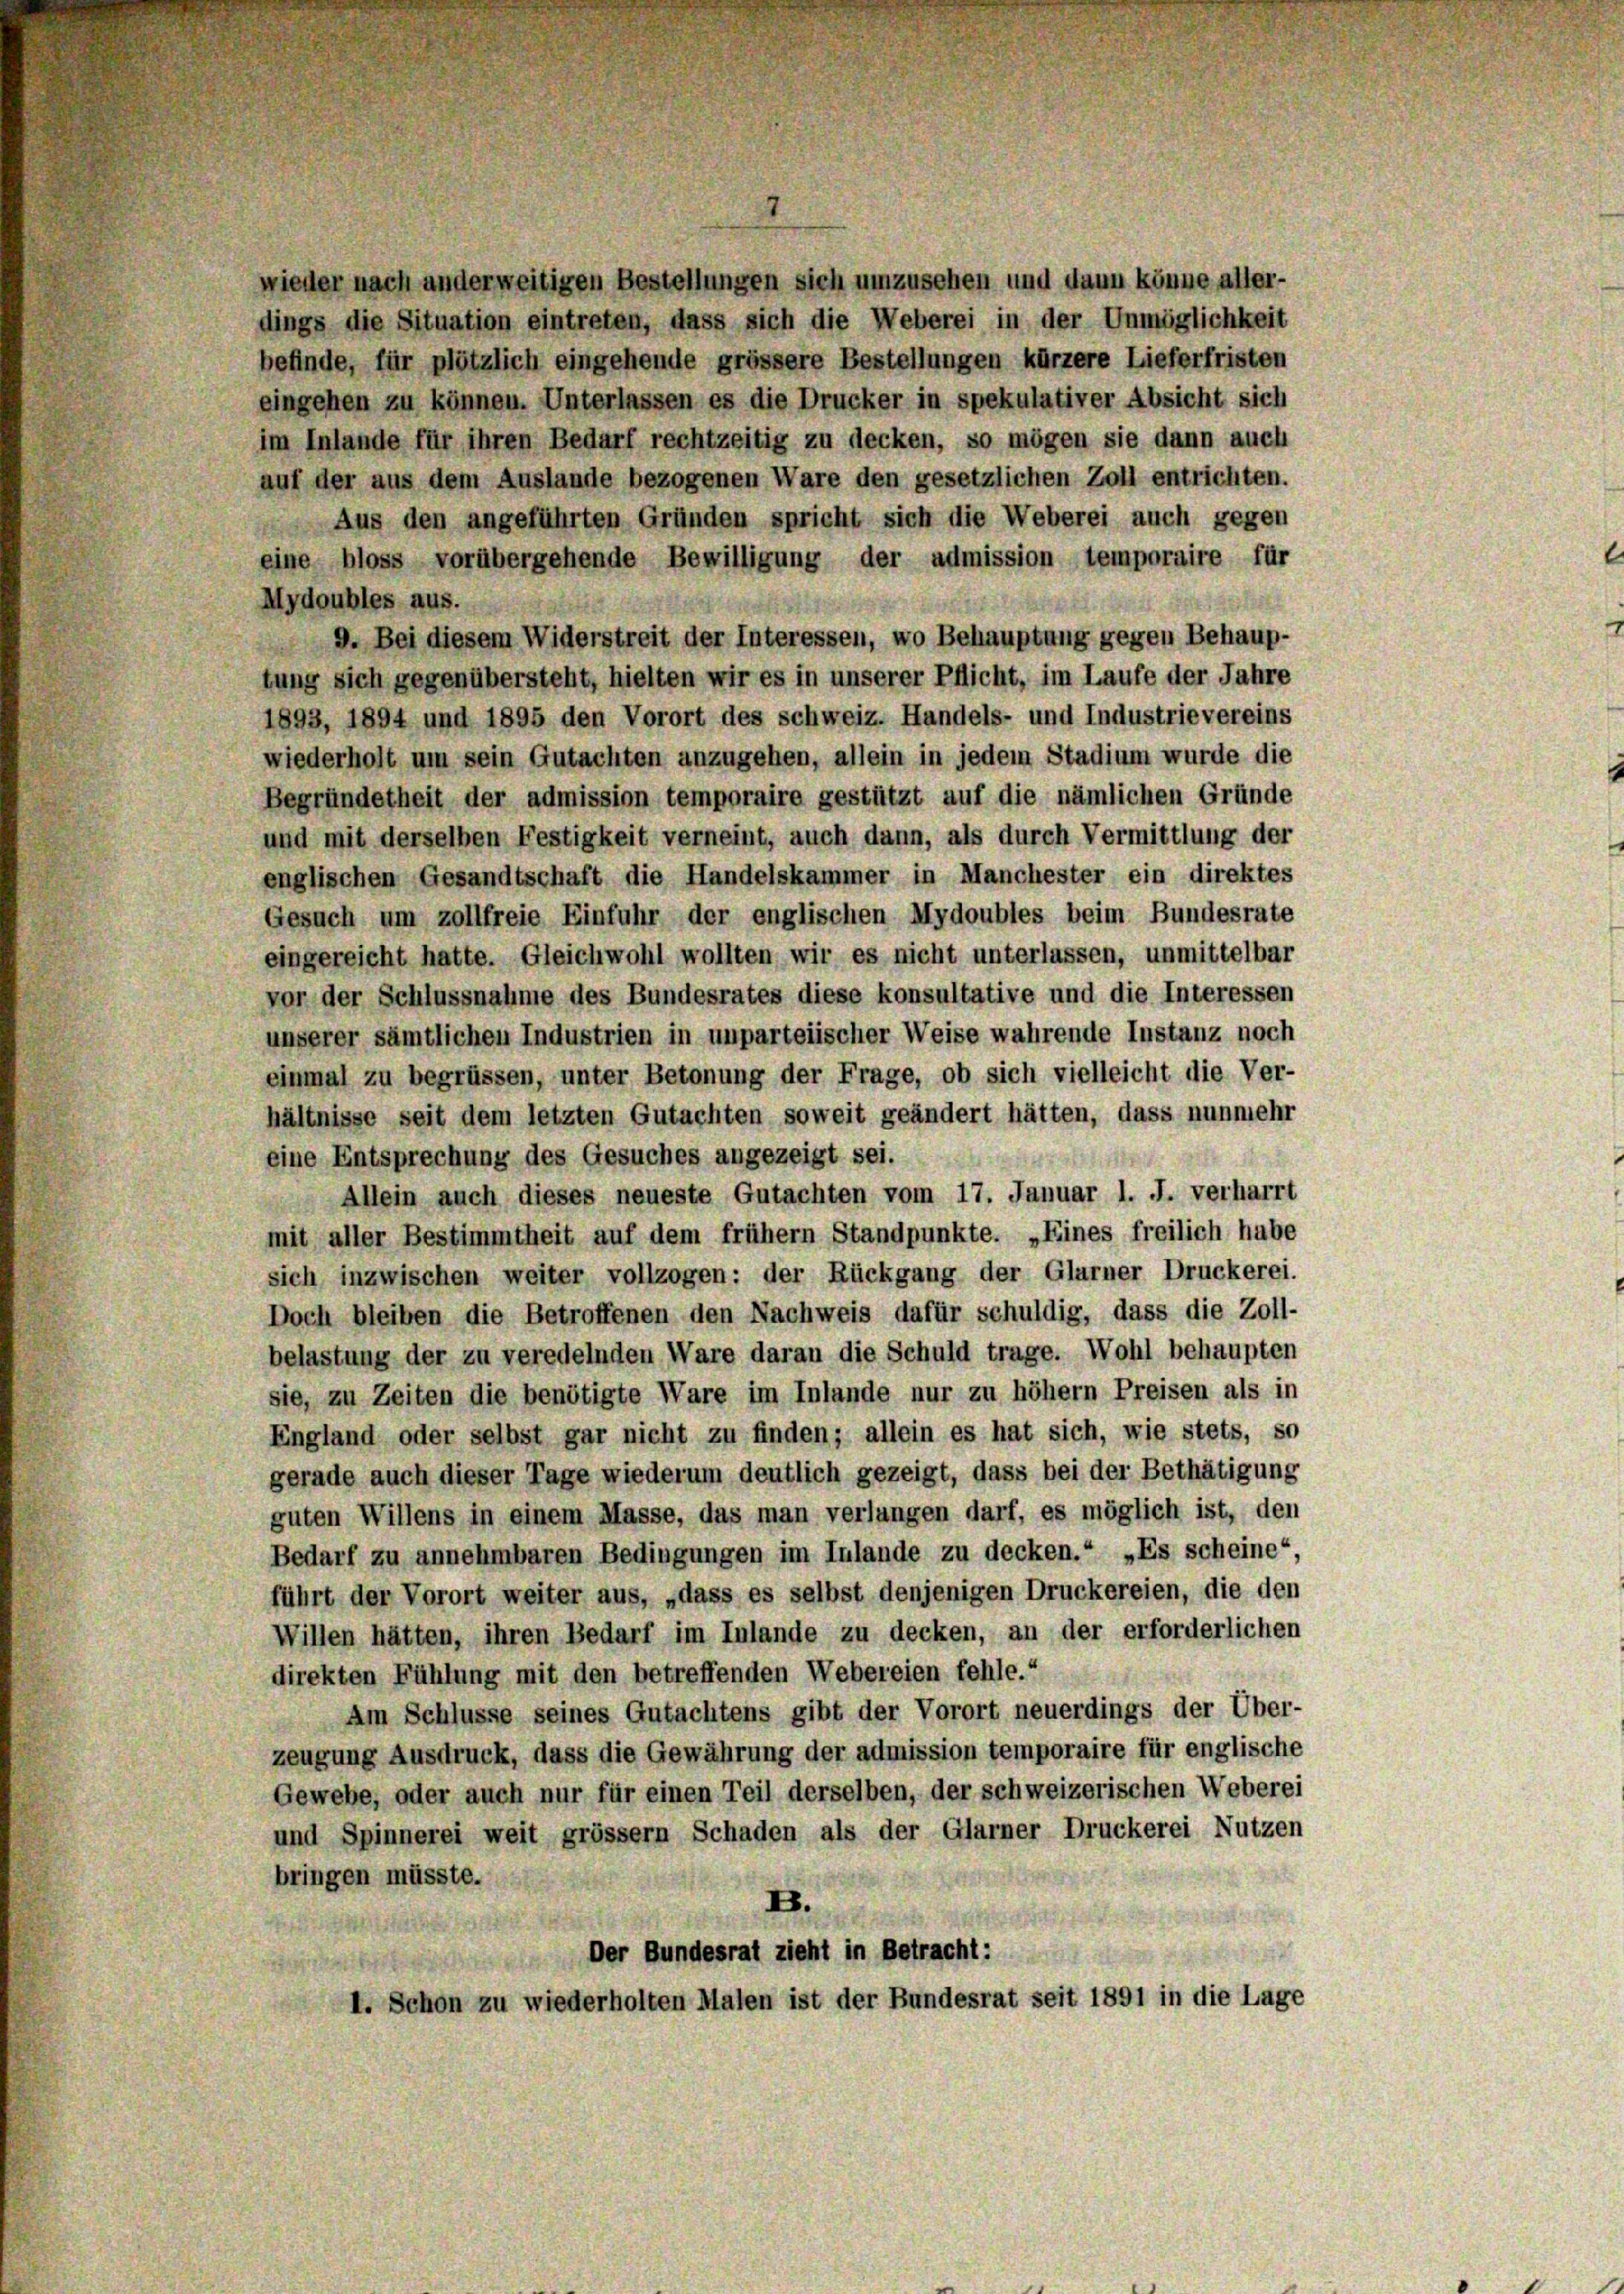
wieder nach anderweitigen Bestellungen sich umzusehen und dann könne aller-
dings die Situation eintreten, dass sich die Weberei in der Unmöglichkeit
befinde, für plötzlich eingehende grössere Bestellungen kürzere Lieferfristen
eingehen zu können. Unterlassen es die Drucker in spekulativer Absicht sich
im Inlande für ihren Bedarf rechtzeitig zu decken, so mögen sie dann auch
auf der aus dem Auslande bezogenen Ware den gesetzlichen Zoll entrichten.
Aus den angeführten Gründen spricht sich die Weberei auch gegen
eine bloss vorübergehende Bewilligung der admission temporaire für
Mydoubles aus.
9. Bei diesem Widerstreit der Interessen, wo Behauptung gegen Behaup-
tung sich gegenübersteht, hielten wir es in unserer Pflicht, im Laufe der Jahre
1893, 1894 und 1895 den Vorort des Schweiz. Handels- und Industrievereins
wiederholt um sein Gutachten anzugehen, allein in jedem Stadium wurde die
Begründetheit der admission temporaire gestützt auf die nämlichen Gründe
und mit derselben Festigkeit verneint, auch dann, als durch Vermittlung der
englischen Gesandtschaft die Handelskammer in Manchester ein direktes
Gesuch um zollfreie Einfuhr der englischen Mydoubles beim Bundesrate
eingereicht hatte. Gleichwohl wollten wir es nicht unterlassen, unmittelbar
vor der Schlussnahme des Bundesrates diese konsultative und die Interessen
unserer sämtlichen Industrien in unparteiischer Weise wahrende Instanz noch
einmal zu begrüssen, unter Betonung der Frage, ob sich vielleicht die Ver-
hältnisse seit dem letzten Gutachten soweit geändert hätten, dass nunmehr
eine Entsprechung des Gesuches angezeigt sei.
Allein auch dieses neueste Gutachten vom 17. Januar l. J. verharrt
mit aller Bestimmtheit auf dem frühem Standpunkte. „Eines freilich habe
sich inzwischen weiter vollzogen: der Rückgang der Glarner Druckerei.
Doch bleiben die Betroffenen den Nachweis dafür schuldig, dass die Zoll-
belastung der zu veredelnden Ware darau die Schuld trage. Wohl behaupten
sie, zu Zeiten die benötigte Ware im Inlande nur zu höher Preisen als in
England oder selbst gar nicht zu finden; allein es hat sich, wie stets, so
gerade auch dieser Tage wiederum deutlich gezeigt, dass bei der Bethätigung
guten Willens in einem Masse, das man verlangen darf, es möglich ist, den
Bedarf zu annehmbaren Bedingungen im Inlande zu decken.“ „Es scheine“,
führt der Vorort weiter aus, „dass es selbst denjenigen Druckereien, die den
Willen hätten, ihren Bedarf im Inlande zu decken, an der erforderlichen
direkten Fühlung mit den betreffenden Webereien fehle.“
Am Schlüsse seines Gutachtens gibt der Vorort neuerdings der Über-
zeugung Ausdruck, dass die Gewährung der admission temporaire für englische
Gewebe, oder auch nur für einen Teil derselben, der schweizerischen Weberei
und Spinnerei weit grösser Schaden als der Glarner Druckerei Nutzen
bringen müsste.
E.
Der Bundesrat zieht in Betracht:
I. Schon zu wiederholten Malen ist der Bundesrat seit 1891 in die Lage